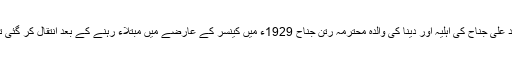
محمد علی جناح کی اہلیہ اور دینا کی والدہ محترمہ رتن جناح 1929ء میں کینسر کے عارضے میں مبتلاء رہنے کے بعد انتقال کر گئی تھیں۔